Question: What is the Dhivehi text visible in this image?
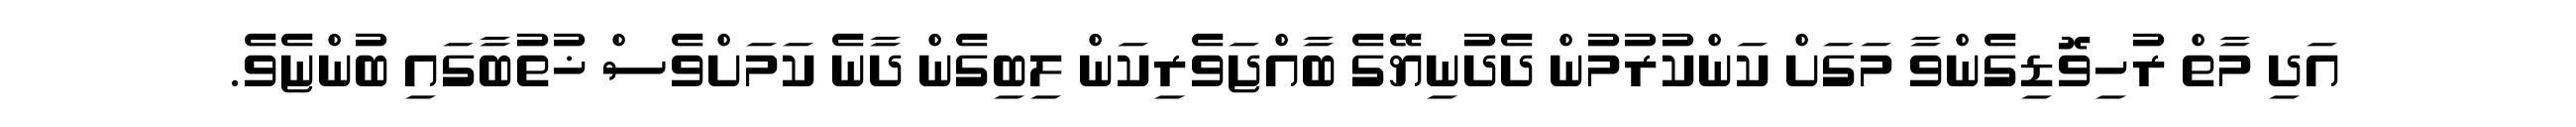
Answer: އަދި މާތް ރުހިވޮޑިގެންވާ މަގަށް ކަންކުރުމުން ދެދުނިޔޭގެ ބާއްޖަވެރިކަން ލިބިގެން ދާނެ ކަމަށްވެސް ޚުތުބާގައި ބުންޏެވެ.